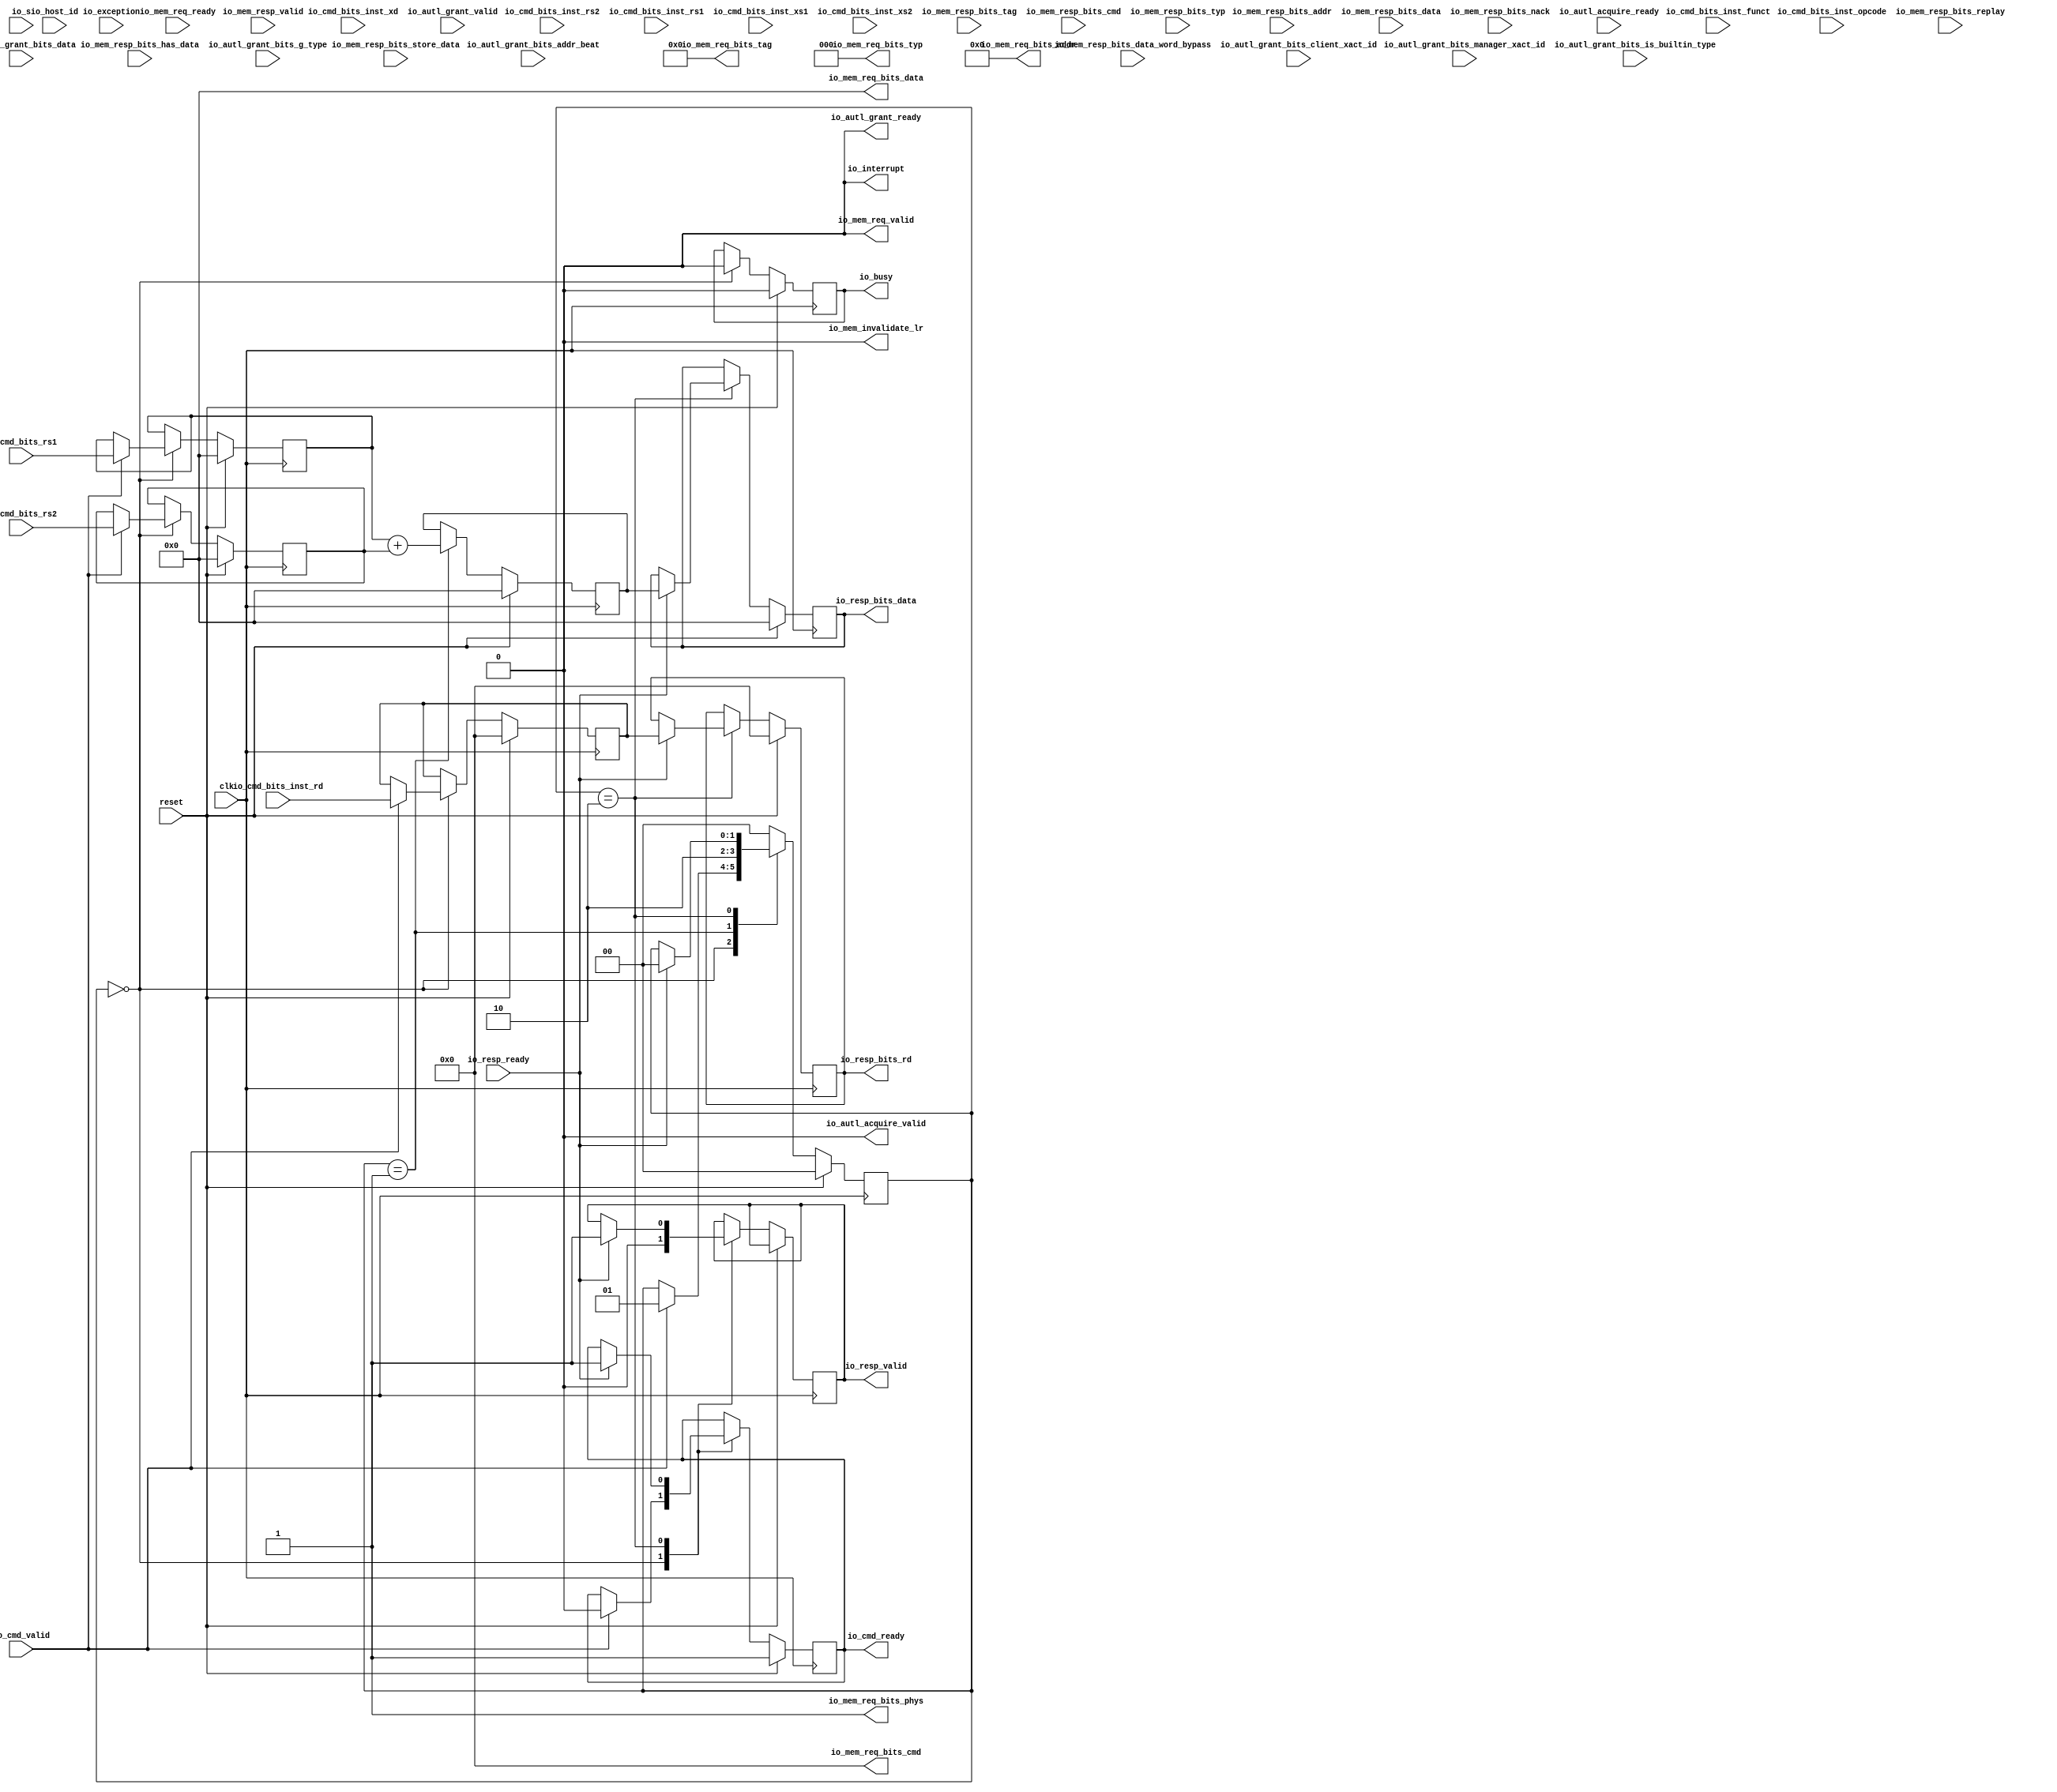
module Accel0(input clk, input reset,
    output io_cmd_ready,
    input  io_cmd_valid,
    input [6:0] io_cmd_bits_inst_funct,
    input [4:0] io_cmd_bits_inst_rs2,
    input [4:0] io_cmd_bits_inst_rs1,
    input  io_cmd_bits_inst_xd,
    input  io_cmd_bits_inst_xs1,
    input  io_cmd_bits_inst_xs2,
    input [4:0] io_cmd_bits_inst_rd,
    input [6:0] io_cmd_bits_inst_opcode,
    input [63:0] io_cmd_bits_rs1,
    input [63:0] io_cmd_bits_rs2,
    input  io_resp_ready,
    output io_resp_valid,
    output[4:0] io_resp_bits_rd,
    output[63:0] io_resp_bits_data,
    input  io_mem_req_ready,
    output io_mem_req_valid,
    output[39:0] io_mem_req_bits_addr,
    output[9:0] io_mem_req_bits_tag,
    output[4:0] io_mem_req_bits_cmd,
    output[2:0] io_mem_req_bits_typ,
    //output io_mem_req_bits_kill
    output io_mem_req_bits_phys,
    output[63:0] io_mem_req_bits_data,
    input  io_mem_resp_valid,
    input [39:0] io_mem_resp_bits_addr,
    input [9:0] io_mem_resp_bits_tag,
    input [4:0] io_mem_resp_bits_cmd,
    input [2:0] io_mem_resp_bits_typ,
    input [63:0] io_mem_resp_bits_data,
    input  io_mem_resp_bits_nack,
    input  io_mem_resp_bits_replay,
    input  io_mem_resp_bits_has_data,
    input [63:0] io_mem_resp_bits_data_word_bypass,
    input [63:0] io_mem_resp_bits_store_data,
    //input  io_mem_replay_next_valid
    //input [9:0] io_mem_replay_next_bits
    //input  io_mem_xcpt_ma_ld
    //input  io_mem_xcpt_ma_st
    //input  io_mem_xcpt_pf_ld
    //input  io_mem_xcpt_pf_st
    output io_mem_invalidate_lr,
    //input  io_mem_ordered
    output io_busy,
    input  io_s,
    output io_interrupt,
    input  io_autl_acquire_ready,
    output io_autl_acquire_valid,
    //output[25:0] io_autl_acquire_bits_addr_block
    //output[2:0] io_autl_acquire_bits_client_xact_id
    //output[1:0] io_autl_acquire_bits_addr_beat
    //output io_autl_acquire_bits_is_builtin_type
    //output[2:0] io_autl_acquire_bits_a_type
    //output[16:0] io_autl_acquire_bits_union
    //output[127:0] io_autl_acquire_bits_data
    output io_autl_grant_ready,
    input  io_autl_grant_valid,
    input [1:0] io_autl_grant_bits_addr_beat,
    input [2:0] io_autl_grant_bits_client_xact_id,
    input [3:0] io_autl_grant_bits_manager_xact_id,
    input  io_autl_grant_bits_is_builtin_type,
    input [3:0] io_autl_grant_bits_g_type,
    input [127:0] io_autl_grant_bits_data,
    //input  io_fpu_req_ready
    //output io_fpu_req_valid
    //output[4:0] io_fpu_req_bits_cmd
    //output io_fpu_req_bits_ldst
    //output io_fpu_req_bits_wen
    //output io_fpu_req_bits_ren1
    //output io_fpu_req_bits_ren2
    //output io_fpu_req_bits_ren3
    //output io_fpu_req_bits_swap12
    //output io_fpu_req_bits_swap23
    //output io_fpu_req_bits_single
    //output io_fpu_req_bits_fromint
    //output io_fpu_req_bits_toint
    //output io_fpu_req_bits_fastpipe
    //output io_fpu_req_bits_fma
    //output io_fpu_req_bits_div
    //output io_fpu_req_bits_sqrt
    //output io_fpu_req_bits_round
    //output io_fpu_req_bits_wflags
    //output[2:0] io_fpu_req_bits_rm
    //output[1:0] io_fpu_req_bits_typ
    //output[64:0] io_fpu_req_bits_in1
    //output[64:0] io_fpu_req_bits_in2
    //output[64:0] io_fpu_req_bits_in3
    //output io_fpu_resp_ready
    //input  io_fpu_resp_valid
    //input [64:0] io_fpu_resp_bits_data
    //input [4:0] io_fpu_resp_bits_exc
    input  io_exception,
    //input [11:0] io_csr_waddr
    //input [63:0] io_csr_wdata
    //input  io_csr_wen
    input  io_host_id
);

reg [1:0] state_next, state_curr;
reg [6:0] io_cmd_bits_inst_funct_next,io_cmd_bits_inst_funct_curr;
reg [4:0] io_cmd_bits_inst_rs2_next,io_cmd_bits_inst_rs2_curr;
reg [4:0] io_cmd_bits_inst_rs1_next,io_cmd_bits_inst_rs1_curr;
reg  io_cmd_bits_inst_xd_next,io_cmd_bits_inst_xd_curr;
reg  io_cmd_bits_inst_xs1_next,io_cmd_bits_inst_xs1_curr;
reg  io_cmd_bits_inst_xs2_next,io_cmd_bits_inst_xs2_curr;
reg [4:0] io_cmd_bits_inst_rd_curr,io_cmd_bits_inst_rd_next;
reg [63:0] io_cmd_bits_rs1_next,io_cmd_bits_rs1_curr;
reg [63:0] io_cmd_bits_rs2_next,io_cmd_bits_rs2_curr;
reg [63:0] result_next, result_curr;
reg busy_next, busy_curr;
reg resp_valid_next, resp_valid_curr;
reg [63:0] io_resp_bits_data_next, io_resp_bits_data_curr;
reg [4:0] io_resp_bits_rd_next, io_resp_bits_rd_curr;
reg io_cmd_ready_curr, io_cmd_ready_next;

assign io_cmd_ready = io_cmd_ready_curr;
assign io_busy = busy_curr;
assign io_resp_valid = resp_valid_curr;
assign io_resp_bits_data = io_resp_bits_data_curr;
assign io_resp_bits_rd = io_resp_bits_rd_curr;
assign io_interrupt = 0;

//default values
assign io_mem_req_valid = 0;
assign io_mem_req_bits_addr = 0;
assign io_mem_req_bits_tag = 0;
assign io_mem_req_bits_cmd = 0;
assign io_mem_req_bits_typ = 0;
//output io_mem_req_bits_kill
assign io_mem_req_bits_phys = 1;
assign io_mem_req_bits_data = 0;
assign io_mem_invalidate_lr = 0;
assign io_autl_acquire_valid = 0;
assign io_autl_grant_ready = 0;

always @(posedge clk) begin
	if(reset) begin
		state_curr<=0;
		io_cmd_ready_curr <= 1;
		io_cmd_bits_inst_funct_curr <= 0;
		io_cmd_bits_inst_rs2_curr <= 0;
		io_cmd_bits_inst_rs1_curr <= 0;
		io_cmd_bits_inst_xd_curr <= 0;
		io_cmd_bits_inst_xs1_curr <= 0;
		io_cmd_bits_inst_xs2_curr <= 0;
		io_cmd_bits_inst_rd_curr <= 0;
		io_cmd_bits_rs2_curr <= 0;
		io_cmd_bits_rs1_curr <= 0;
		result_curr <= 0;
		busy_curr <= 0;
		io_resp_bits_data_curr <= 0;
		io_resp_bits_rd_curr <= 0;
	end else begin
		state_curr<=state_next;
		io_cmd_ready_curr<=io_cmd_ready_next;
		io_cmd_bits_inst_funct_curr <= io_cmd_bits_inst_funct_next;
		io_cmd_bits_inst_rs2_curr <= io_cmd_bits_inst_rs2_next;
		io_cmd_bits_inst_rs1_curr <= io_cmd_bits_inst_rs1_next;
		io_cmd_bits_inst_xd_curr <= io_cmd_bits_inst_xd_next;
		io_cmd_bits_inst_xs1_curr <= io_cmd_bits_inst_xs1_next;
		io_cmd_bits_inst_xs2_curr <= io_cmd_bits_inst_xs2_next;
		io_cmd_bits_inst_rd_curr <= io_cmd_bits_inst_rd_next;
		io_cmd_bits_rs2_curr <= io_cmd_bits_rs2_next;
		io_cmd_bits_rs1_curr <= io_cmd_bits_rs1_next;
		result_curr <= result_next;
		busy_curr <= busy_next;
		io_resp_bits_data_curr <= io_resp_bits_data_next;
		io_resp_bits_rd_curr <= io_resp_bits_rd_next;
		resp_valid_curr <= resp_valid_next;
	end
end 

always @(*) begin
	io_cmd_ready_next <= io_cmd_ready_curr;
	io_cmd_bits_inst_rs1_next <= io_cmd_bits_inst_rs1_curr;
	io_cmd_bits_inst_rs2_next <= io_cmd_bits_inst_rs2_curr;
	io_cmd_bits_inst_xd_next <= io_cmd_bits_inst_xd_curr;
	io_cmd_bits_inst_xs1_next <= io_cmd_bits_inst_xs1_curr;
	io_cmd_bits_inst_xs2_next <= io_cmd_bits_inst_xs2_curr;
	io_cmd_bits_inst_rd_next <= io_cmd_bits_inst_rd_curr;
	state_next <= state_curr;	
	io_cmd_bits_rs2_next <= io_cmd_bits_rs2_curr;
	io_cmd_bits_rs1_next <= io_cmd_bits_rs1_curr;
	result_next <= result_curr;
	busy_next <= busy_curr;
	resp_valid_next <= resp_valid_curr;
	io_resp_bits_rd_next <= io_resp_bits_rd_curr;
	io_resp_bits_data_next <= io_resp_bits_data_curr;
	case (state_curr) 
		//idle state
		2'b00 : 
		begin 
			if(io_cmd_valid) begin
				//if(io_cmd_bits_inst_funct==0)begin
					state_next <= 1;
					io_cmd_ready_next <= 0;
					io_cmd_bits_inst_rs1_next <= io_cmd_bits_inst_rs1;
					io_cmd_bits_inst_rs2_next <= io_cmd_bits_inst_rs2;
					io_cmd_bits_inst_xd_next <= io_cmd_bits_inst_xd;
					io_cmd_bits_inst_xs1_next <= io_cmd_bits_inst_xs1;
					io_cmd_bits_inst_xs2_next <= io_cmd_bits_inst_xs2;
					io_cmd_bits_inst_rd_next <= io_cmd_bits_inst_rd;
					io_cmd_bits_rs2_next <= io_cmd_bits_rs2;
					io_cmd_bits_rs1_next <= io_cmd_bits_rs1;
					busy_next <= 1;					
				//end else begin
				//	state_next <= 2;
				//	io_cmd_ready_next <= 0;
				//end
			end
			resp_valid_next <= 0;
			busy_next <= 0;
			
		end
		//processing state	 	
	    	2'b01 :  
		begin
			result_next <= io_cmd_bits_rs1_curr + io_cmd_bits_rs2_curr;
			state_next <= 2;
		end
		//response state
		2'b10 :  
		begin
			if(io_resp_ready) begin
				state_next <= 0;
				io_cmd_ready_next <= 1;
				resp_valid_next <= 1;
				//set the data for rd reg
				io_resp_bits_rd_next <= io_cmd_bits_inst_rd_curr;
				io_resp_bits_data_next <= result_curr;
			end
		end
	    	default : state_next <= 0;//$display("Error in SEL");
	endcase

end

endmodule
/*
module Queue_Accum(input clk, input reset,
    output io_enq_ready,
    input  io_enq_valid,
    input [6:0] io_enq_bits_inst_funct,
    input [4:0] io_enq_bits_inst_rs2,
    input [4:0] io_enq_bits_inst_rs1,
    input  io_enq_bits_inst_xd,
    input  io_enq_bits_inst_xs1,
    input  io_enq_bits_inst_xs2,
    input [4:0] io_enq_bits_inst_rd,
    input [6:0] io_enq_bits_inst_opcode,
    input [63:0] io_enq_bits_rs1,
    input [63:0] io_enq_bits_rs2,
    input  io_deq_ready,
    output io_deq_valid,
    output[6:0] io_deq_bits_inst_funct,
    output[4:0] io_deq_bits_inst_rs2,
    output[4:0] io_deq_bits_inst_rs1,
    output io_deq_bits_inst_xd,
    output io_deq_bits_inst_xs1,
    output io_deq_bits_inst_xs2,
    output[4:0] io_deq_bits_inst_rd,
    output[6:0] io_deq_bits_inst_opcode,
    output[63:0] io_deq_bits_rs1,
    output[63:0] io_deq_bits_rs2,
    output[1:0] io_count
);

  wire[1:0] T0;
  wire ptr_diff;
  reg  R1;
  wire T35;
  wire T2;
  wire T3;
  wire do_deq;
  reg  R4;
  wire T36;
  wire T5;
  wire T6;
  wire do_enq;
  wire T7;
  wire ptr_match;
  reg  maybe_full;
  wire T37;
  wire T8;
  wire T9;
  wire[63:0] T10;
  wire[159:0] T11;
  reg [159:0] ram [1:0];
  wire[159:0] T12;
  wire[159:0] T13;
  wire[159:0] T14;
  wire[140:0] T15;
  wire[134:0] T16;
  wire[127:0] T17;
  wire[5:0] T18;
  wire[18:0] T19;
  wire[6:0] T20;
  wire[1:0] T21;
  wire[11:0] T22;
  wire[63:0] T23;
  wire[6:0] T24;
  wire[4:0] T25;
  wire T26;
  wire T27;
  wire T28;
  wire[4:0] T29;
  wire[4:0] T30;
  wire[6:0] T31;
  wire T32;
  wire empty;
  wire T33;
  wire T34;
  wire full;

`ifndef SYNTHESIS
// synthesis translate_off
  integer initvar;
  initial begin
    #0.002;
    R1 = {1{$random}};
    R4 = {1{$random}};
    maybe_full = {1{$random}};
    for (initvar = 0; initvar < 2; initvar = initvar+1)
      ram[initvar] = {5{$random}};
  end
// synthesis translate_on
`endif

  assign io_count = T0;
  assign T0 = {T7, ptr_diff};
  assign ptr_diff = R4 - R1;
  assign T35 = reset ? 1'h0 : T2;
  assign T2 = do_deq ? T3 : R1;
  assign T3 = R1 + 1'h1;
  assign do_deq = io_deq_ready & io_deq_valid;
  assign T36 = reset ? 1'h0 : T5;
  assign T5 = do_enq ? T6 : R4;
  assign T6 = R4 + 1'h1;
  assign do_enq = io_enq_ready & io_enq_valid;
  assign T7 = maybe_full & ptr_match;
  assign ptr_match = R4 == R1;
  assign T37 = reset ? 1'h0 : T8;
  assign T8 = T9 ? do_enq : maybe_full;
  assign T9 = do_enq != do_deq;
  assign io_deq_bits_rs2 = T10;
  assign T10 = T11[6'h3f:1'h0];
  assign T11 = ram[R1];
  assign T13 = T14;
  assign T14 = {T19, T15};
  assign T15 = {T18, T16};
  assign T16 = {io_enq_bits_inst_opcode, T17};
  assign T17 = {io_enq_bits_rs1, io_enq_bits_rs2};
  assign T18 = {io_enq_bits_inst_xs2, io_enq_bits_inst_rd};
  assign T19 = {T22, T20};
  assign T20 = {io_enq_bits_inst_rs1, T21};
  assign T21 = {io_enq_bits_inst_xd, io_enq_bits_inst_xs1};
  assign T22 = {io_enq_bits_inst_funct, io_enq_bits_inst_rs2};
  assign io_deq_bits_rs1 = T23;
  assign T23 = T11[7'h7f:7'h40];
  assign io_deq_bits_inst_opcode = T24;
  assign T24 = T11[8'h86:8'h80];
  assign io_deq_bits_inst_rd = T25;
  assign T25 = T11[8'h8b:8'h87];
  assign io_deq_bits_inst_xs2 = T26;
  assign T26 = T11[8'h8c:8'h8c];
  assign io_deq_bits_inst_xs1 = T27;
  assign T27 = T11[8'h8d:8'h8d];
  assign io_deq_bits_inst_xd = T28;
  assign T28 = T11[8'h8e:8'h8e];
  assign io_deq_bits_inst_rs1 = T29;
  assign T29 = T11[8'h93:8'h8f];
  assign io_deq_bits_inst_rs2 = T30;
  assign T30 = T11[8'h98:8'h94];
  assign io_deq_bits_inst_funct = T31;
  assign T31 = T11[8'h9f:8'h99];
  assign io_deq_valid = T32;
  assign T32 = empty ^ 1'h1;
  assign empty = ptr_match & T33;
  assign T33 = maybe_full ^ 1'h1;
  assign io_enq_ready = T34;
  assign T34 = full ^ 1'h1;
  assign full = ptr_match & maybe_full;

  always @(posedge clk) begin
    if(reset) begin
      R1 <= 1'h0;
    end else if(do_deq) begin
      R1 <= T3;
    end
    if(reset) begin
      R4 <= 1'h0;
    end else if(do_enq) begin
      R4 <= T6;
    end
    if(reset) begin
      maybe_full <= 1'h0;
    end else if(T9) begin
      maybe_full <= do_enq;
    end
    if (do_enq)
      ram[R4] <= T13;
  end
endmodule
*/